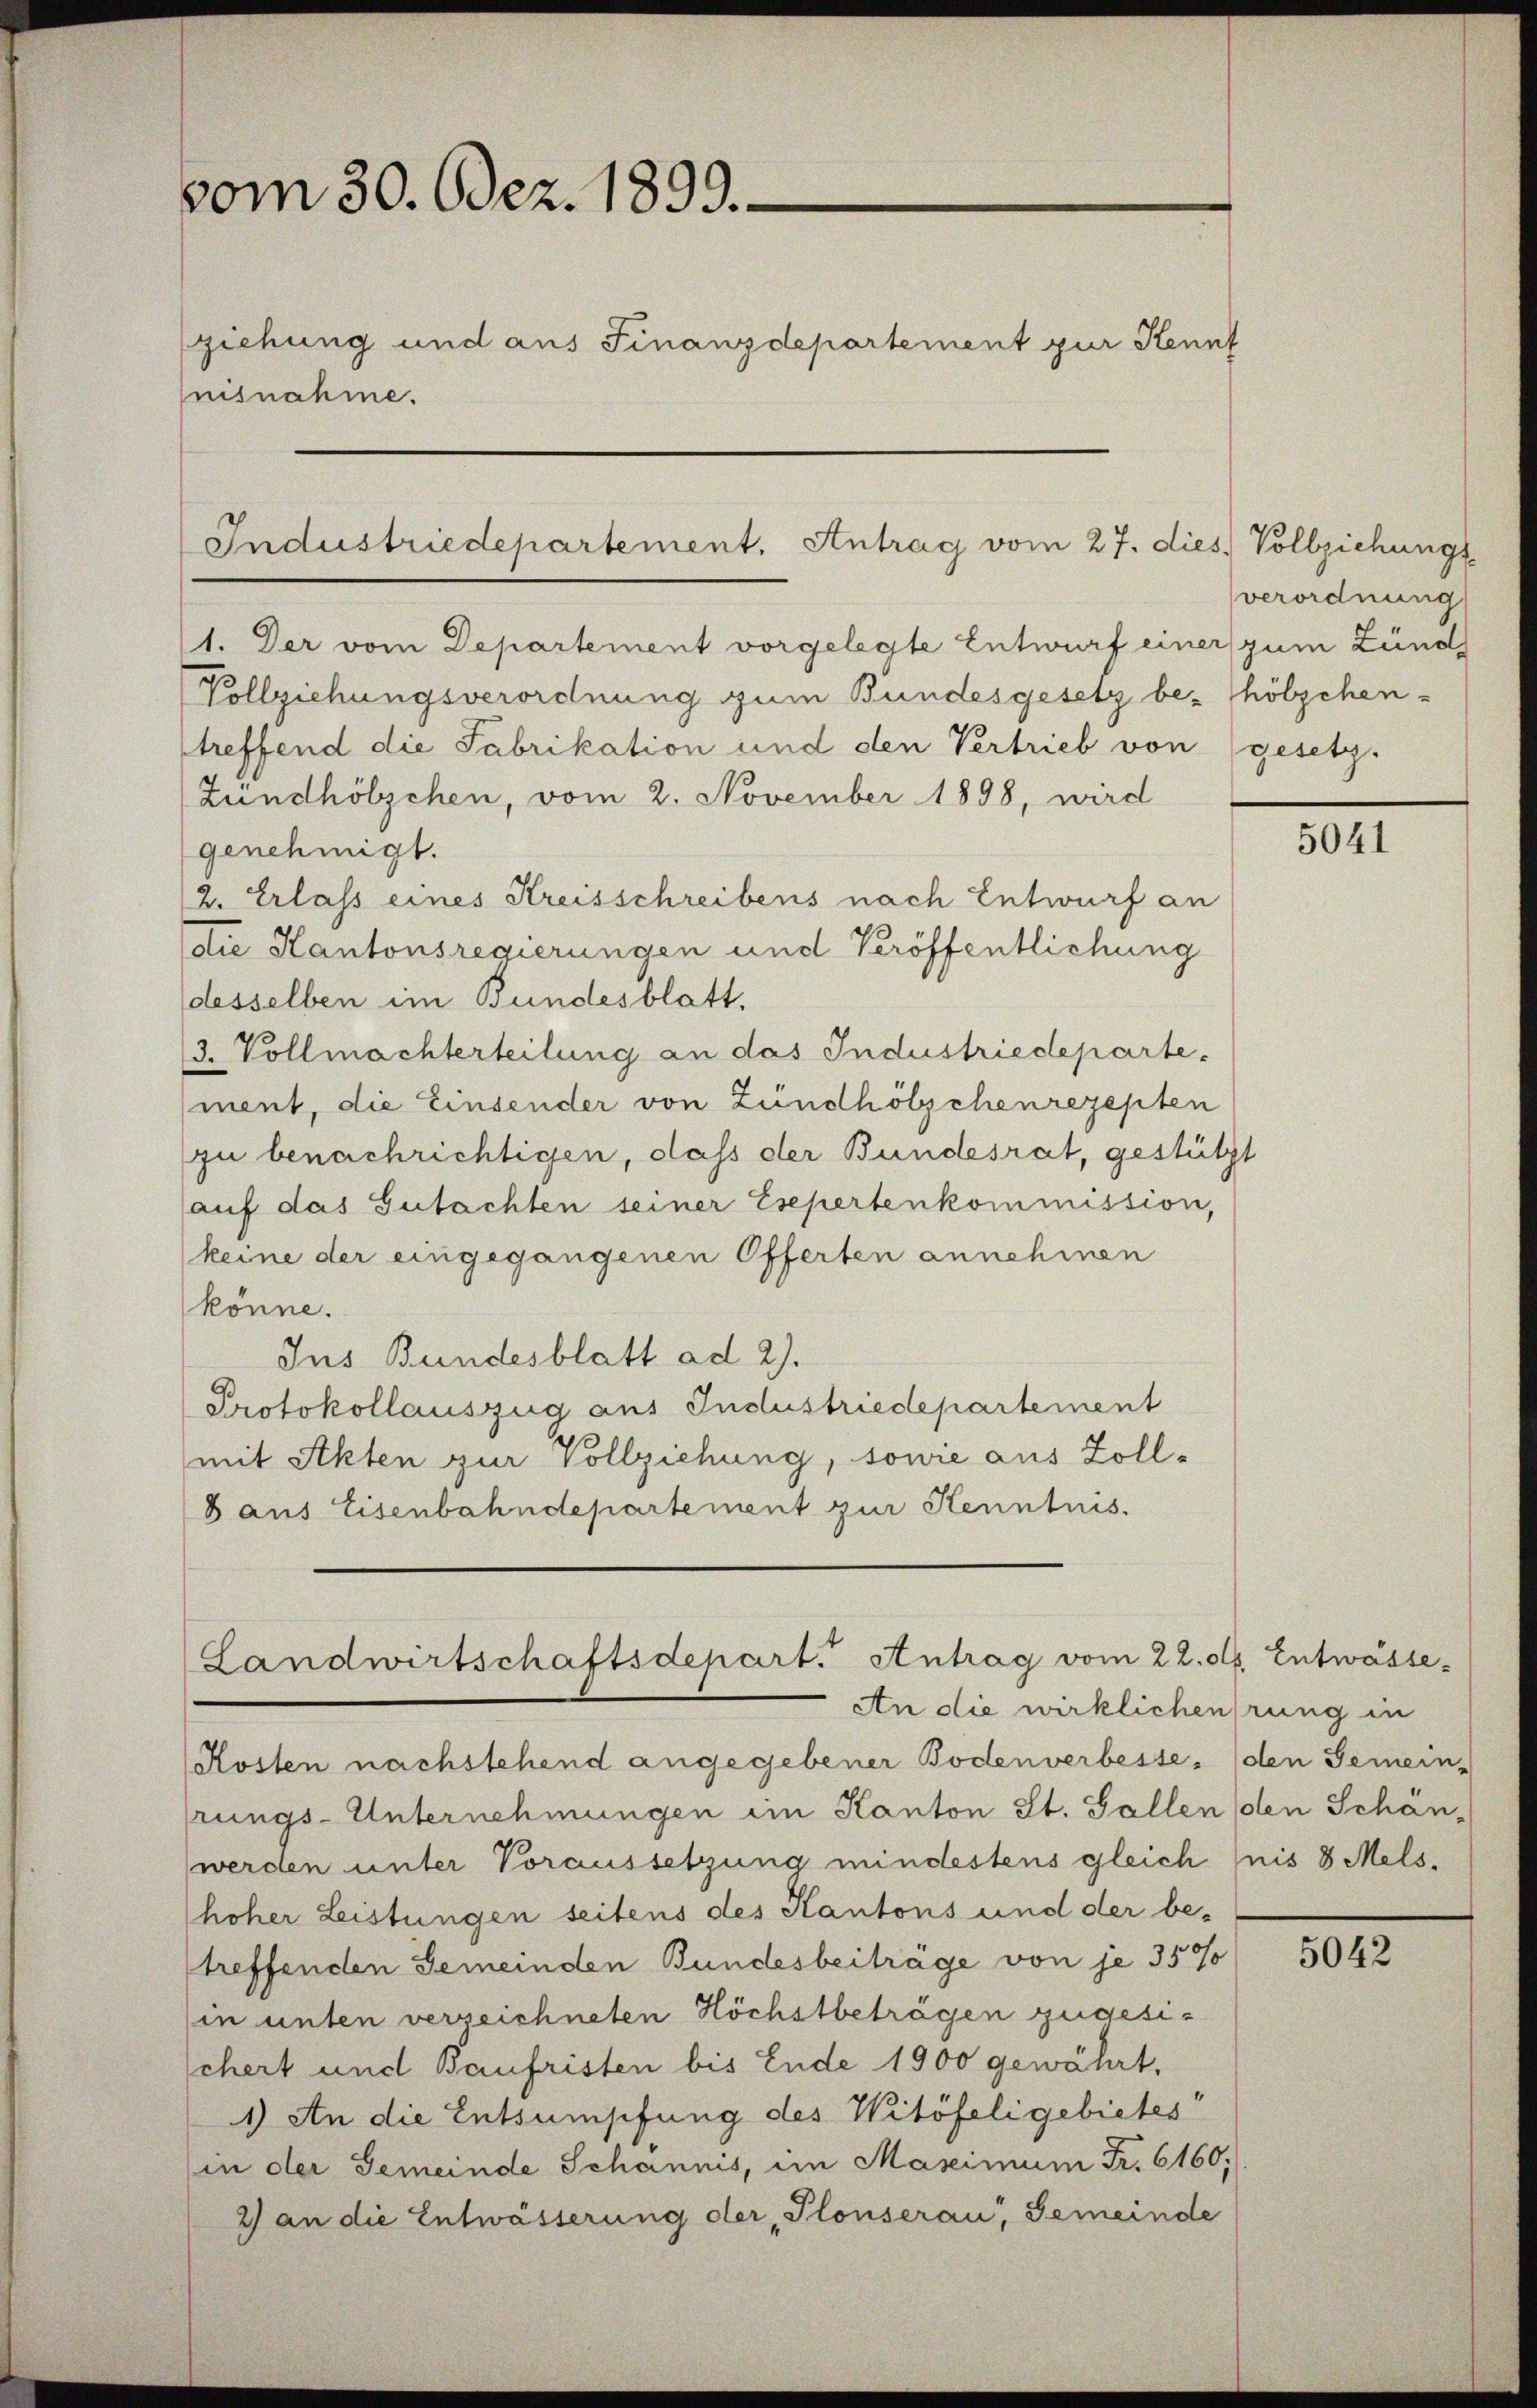
vom 30. Odez. 1899.
ziehung und aus Finanzdepartement zur Kennt
nisnahme.

Industriedepartement. Antrag vom 27. dies. Vollziehungs-

1. Der vom Departement vorgelegte Entwurf einer zum Zund
Vollziehungsverordnung zum Bundesgesetz be- hölzchen-
treffend die Fabrikation und den Vertrieb von (gesetz-
Zündhölzchen, vom 2. November 1898, wird
genehmigt.
2. Erlass eines Kreisschreibens nach Entwurf an
ie Kantonsregierungen und Veröffentlichung
desselben im Bundesblatt,
3. Vollmachterteilung an das Industriedeparte.
ment, die Einsender von Zündhölzchenrezepten
zu benachrichtigen, daß der Bundesrat, gestützt
auf das Gutachten seiner Esepertenkommission,
keine der eingegangenen Offerten annehmen
könne.
Ins Bundesblatt ad 2).
Protokollauszug aus Industriedepartement
mit Akten zur Vollziehung, sowie aus Zoll-
8 aus Eisenbahndepartement zur Kenntnis.
Landwirtschaftsdepart. Antrag vom 22. d. Entwässe¬
An die wirklichenrung in
Kosten nachstehend angegebener Bodenverbesse, (den Gemein-
rungs-Unternehmungen im Kanton St. Gallen (den Schän-
werden unter Voraussetzung mindestens gleich (nis 8 Melshoher Leistungen seitens des Kantons und der be-
treffenden Gemeinden Bundesbeiträge von je 35 %
in unten verzeichneten Höchstbeträgen zugesischert und Baufristen bis Ende 1900 gewährt,
1) An die Entsumpfung des Witöfeli gebietes
(in der Gemeinde Schannis, im Maximum Fr. 6160;
2) an die Entwässerung der „Plonserau, Gemeinde

verordnung

5041

5042